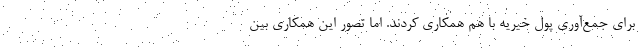
برای جمع‌آوری پول خیریه با هم همکاری کردند. اما تصور این همکاری بین